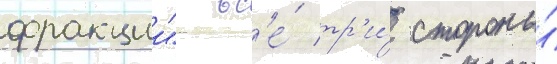
фракции" вс'е́ тр'и́ стороны́